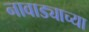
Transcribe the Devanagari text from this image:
नावाड्याच्या